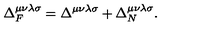
\Delta _ { F } ^ { \mu \nu \lambda \sigma } = \Delta ^ { \mu \nu \lambda \sigma } + \Delta _ { N } ^ { \mu \nu \lambda \sigma } .